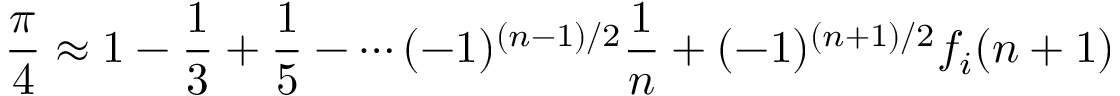
{ \frac { \pi } { 4 } } \approx 1 - { \frac { 1 } { 3 } } + { \frac { 1 } { 5 } } - \cdots ( - 1 ) ^ { ( n - 1 ) / 2 } { \frac { 1 } { n } } + ( - 1 ) ^ { ( n + 1 ) / 2 } f _ { i } ( n + 1 )